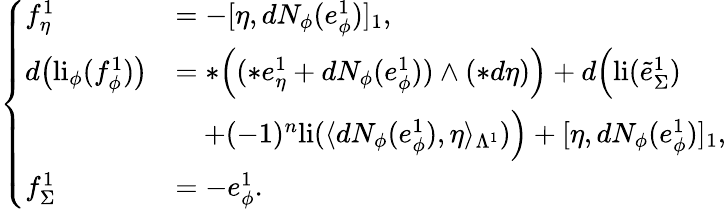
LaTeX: \left\{ \begin{array}{ll}{f_{\eta}^{1}}&{=-[\eta,dN_{\phi}(e_{\phi}^{1})]_{1},}\\ {d\big(\mathrm{li}_{\phi}(f_{\phi}^{1})\big)}&{=\ast\Big((\ast e_{\eta}^{1}+dN_{\phi}(e_{\phi}^{1}))\wedge(\ast d\eta)\Big)+d\Big(\mathrm{li}(\tilde{e}_{\Sigma}^{1})}\\ &{\quad+(-1)^{n}\mathrm{li}(\langle dN_{\phi}(e_{\phi}^{1}),\eta\rangle_{\Lambda^{1}})\Big)+[\eta,dN_{\phi}(e_{\phi}^{1})]_{1},}\\ {f_{\Sigma}^{1}}&{=-e_{\phi}^{1}.}\end{array}\right.